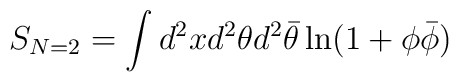
S_{N=2}=\int d^{2}x d^{2}\theta d^{2}\bar{\theta}\ln(1+\phi\bar{\phi})